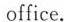
office.